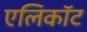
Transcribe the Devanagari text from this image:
एलिकॉट